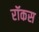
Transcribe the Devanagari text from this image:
रॉकस